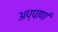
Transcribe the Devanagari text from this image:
अप्पाणं